Civil Veterinary Department Bengal reports 1923-33 - 1923-1933
Year: 1923
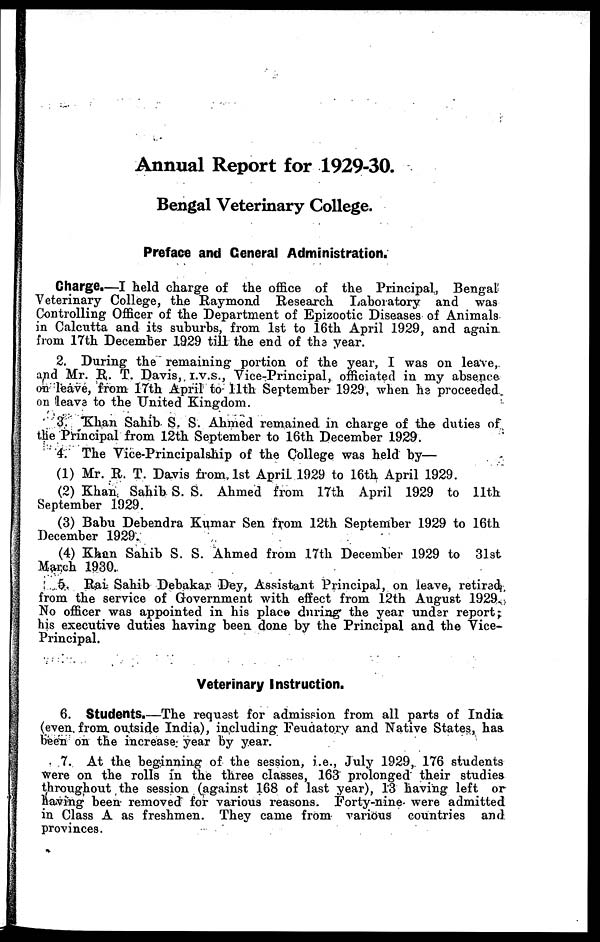
Annual Report for 1929-30.
Bengal Veterinary College.
Preface and General Administration.
Charge.—I held charge of the office of the Principal, Bengal
Veterinary College, the Raymond Research Laboratory and was
Controlling Officer of the Department of Epizootic Diseases of Animals
in Calcutta and its suburbs, from 1st to 16th April 1929, and again
from 17th December 1929 till the end of the year.
2. During the remaining portion of the year, I was on leave,
and Mr. R. T. Davis, I.V.S., Vice-Principal, officiated in my absence
on leave, from 17th April to 11th September 1929, when he proceeded
on leave to the United Kingdom.
3. Khan Sahib S. S. Ahmed remained in charge of the duties of
the Principal from 12th September to 16th December 1929.
4. The Vice-Principalship of the College was held by—
(1) Mr. R. T. Davis from 1st April 1929 to 16th April 1929.
(2) Khan Sahib S. S. Ahmed from 17th April 1929 to 11th
September 1929.
(3) Babu Debendra Kumar Sen from 12th September 1929 to 16th
December 1929.
(4) Khan Sahib S. S. Ahmed from 17th December 1929 to 31st
March 1930.
5. Rai Sahib Debakar Dey, Assistant Principal, on leave, retired
from the service of Government with effect from 12th August 1929.
No officer was appointed in his place during the year under report;
his executive duties having been done by the Principal and the Vice-
Principal.
Veterinary Instruction.
6. Students.—The request for admission from all parts of India
(even from outside India), including Feudatory and Native States, has
been on the increase year by year.
7. At the beginning of the session, i.e., July 1929, 176 students
were on the rolls in the three classes, 163 prolonged their studies
throughout the session (against 168 of last year), 13 having left or
having been removed for various reasons. Forty-nine were admitted
in Class A as freshmen. They came from various countries and
provinces.